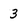
Character: 3